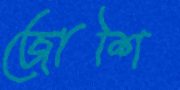
জোশি